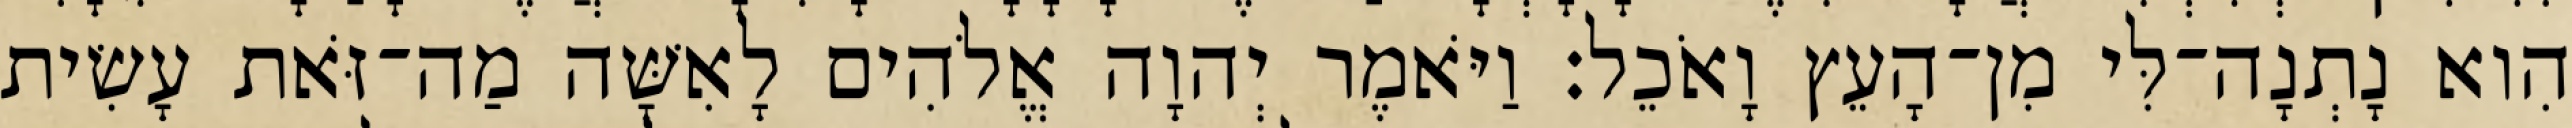
הִוא נָתְנָה־לִּי מִן־הָעֵץ וָאֹכֵל׃ וַיֹּאמֶר יְהוָה אֱלֹהִים לָאִשָּׁה מַה־זֹּאת עָשִׂית